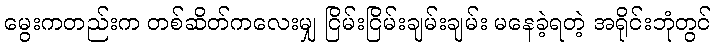
မွေးကတည်းက တစ်ဆိတ်ကလေးမျှ ငြိမ်းငြိမ်းချမ်းချမ်း မနေခဲ့ရတဲ့ အရိုင်းဘုံတွင်